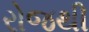
રોજથી